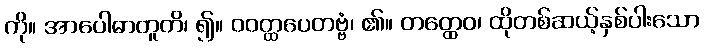
ကို။ အာပေါဓာတူတိ၊ ၍။ ဝဝတ္ထပေတဗ္ဗံ၊ ၏။ တတ္ထေဝ၊ ထိုတစ်ဆယ့်နှစ်ပါးသော